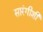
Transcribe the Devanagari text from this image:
सारंगीशी